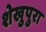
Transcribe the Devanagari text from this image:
शेखुपुरा